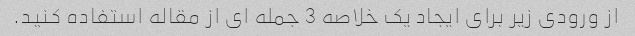
از ورودی زیر برای ایجاد یک خلاصه 3 جمله ای از مقاله استفاده کنید.